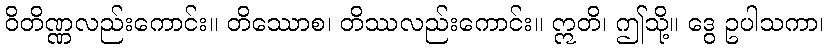
ဝိတိဏ္ဏလည်းကောင်း။ တိဿောစ၊ တိဿလည်းကောင်း။ ဣတိ၊ ဤသို့။ ဒွေ ဥပါသကာ၊